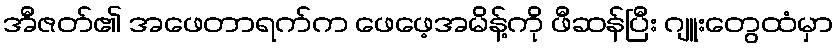
အီဇတ်၏ အဖေတာရက်က ဖေဖေ့အမိန့်ကို ဖီဆန်ပြီး ဂျူးတွေထံမှာ